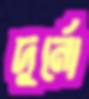
দুর্নো